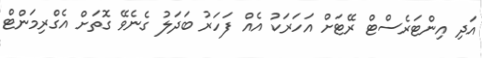
އަދި އިންޓަރެސްޓް ރޭޓަށް އަހަރަކު އެއް ފަހަރު ބަދަލު ގެނެވޭ ގޮތަށް އެގްރިމަންޓް